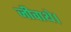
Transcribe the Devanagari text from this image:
जीवाथे।